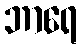
ဘာရေ